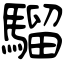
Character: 騮